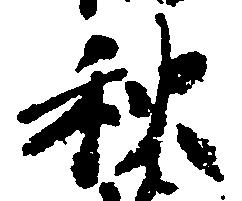
秋